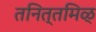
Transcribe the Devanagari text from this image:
तनित्तमिळ्